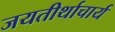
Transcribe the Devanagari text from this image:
जयतीर्थाचार्य